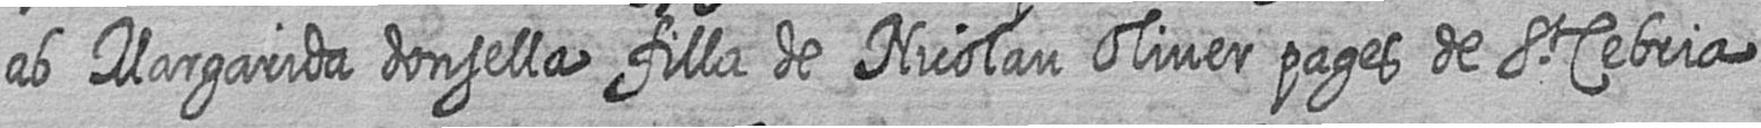
ab Margarida donsella filla de Nicolau Oliver pages de St Cebria